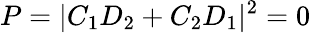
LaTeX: P=|C_{1}D_{2}+C_{2}D_{1}|^{2}=0